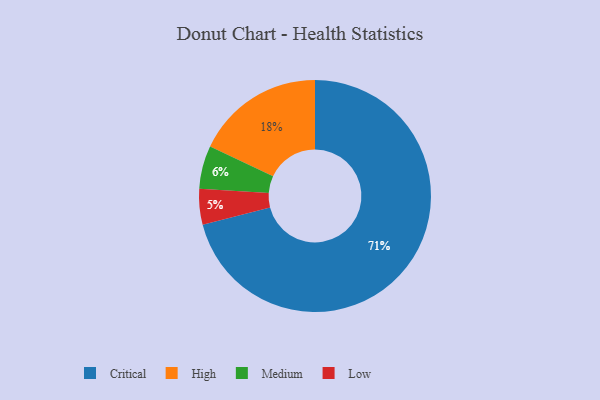
{"axis": {"x": "Category", "y": "Percentage"}, "legend": ["Critical", "High", "Low", "Medium"], "data": [{"x": "Medium", "y": 6, "type": "Medium"}, {"x": "Low", "y": 5, "type": "Low"}, {"x": "Critical", "y": 71, "type": "Critical"}, {"x": "High", "y": 18, "type": "High"}]}